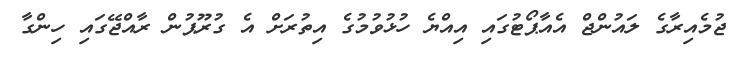
ޖުމެއިރާގެ ލައުންޖް އެއާޕޯޓުގައި އިއްޔެ ހުޅުވުމުގެ އިތުރަށް އެ ގުރޫޕުން ރާއްޖޭގައި ހިންގާ